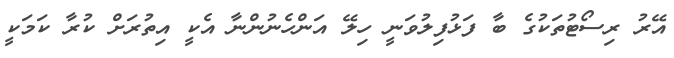
އޭރު ރިސޯޓުތަކުގެ ބާ ފަޅުފިލުވަނީ ހިލޭ އަންހެނުންނާ އެކީ އިތުރަށް ކުރާ ކަމަކީ